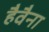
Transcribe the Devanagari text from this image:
हैवैना